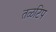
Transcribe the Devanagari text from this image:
तळटिप